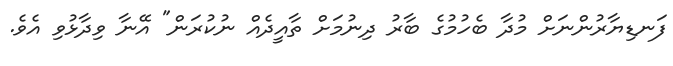
ފަނޑިޔާރުންނަށް މުދާ ބެހުމުގެ ބާރު ދިނުމަށް ތާއީދެއް ނުކުރަން" އޭނާ ވިދާޅުވި އެވެ.